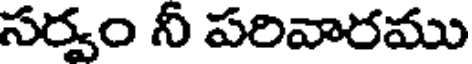
సర్వం నీ పరివారము